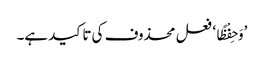
’وَحِفْظًا‘ فعل محذوف کی تاکید ہے۔